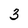
Character: 3